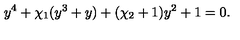
y ^ { 4 } + \chi _ { 1 } ( y ^ { 3 } + y ) + ( \chi _ { 2 } + 1 ) y ^ { 2 } + 1 = 0 .